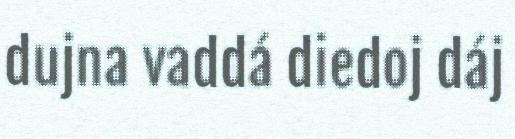
dujna vaddá diedoj dáj